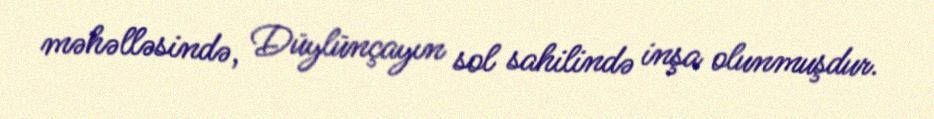
məhəlləsində, Düylünçayın sol sahilində inşa olunmuşdur.